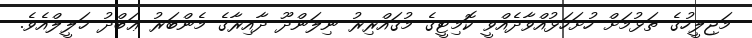
މަޖިލީހުގެ ތަޅުމަށް ހުށަހަޅުއްވާދެއްވީ ކޮމިޓީގެ މުޤައްރިރު ނިލަންދޫ ދާއިރާގެ މެންބަރު ޢަބްދު ޚަލީލްއެވެ.